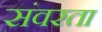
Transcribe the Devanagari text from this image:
संवरता